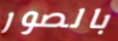
بالصور